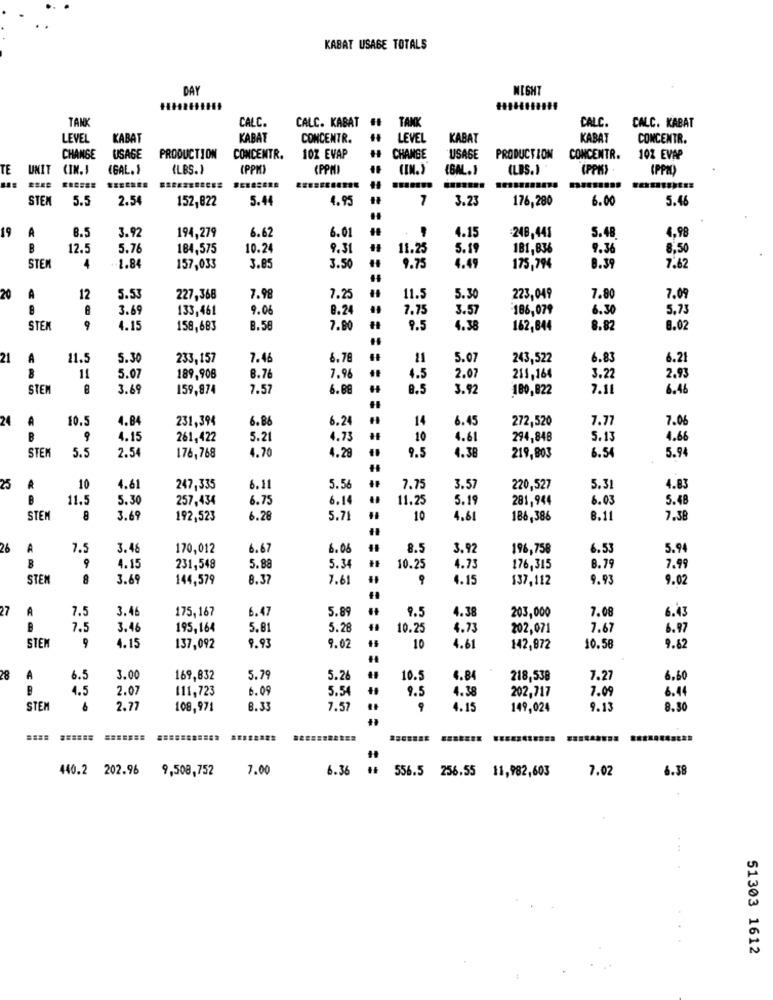
KABAT USAGE TOTALS
DAY
NIGHT
TANK
CALC.
CALC. KABAT ##
TANK
CALC.
CALC. KABAT
LEVEL
KABAT
KABAT
CONCENTR.
LEVEL
KABAT
KABAT
CONCENTR.
CHANGE
USAGE
PRODUCTION
CONCENTR.
10Z EVAP
CHANGE
USAGE
PRODUCTION
CONCENTR.
102 EVAP
TE
UNIT CIN.J
(GAL.)
(LBS.)
(PPM)
(PPM)
(BAL.
(LBS.)
(PPM)
(PPM)
EEEERES
.......
STE
5.5
2.54
5.44
4.95
7
3.23
176,280
6.00
5.46
152,822
19
A
8.5
3.92
194,279
6.62
6.01
4.15
248,441
4.98
5.48
R
12.5
5.76
184,575
10.24
9.31
11.25
5.19
181,836
9.36
8,50
3.85
3.50
STEP
4
1.84
157,033
9.75
4.49
175,794
8.39
7.6
20
A
12
5.53
227,368
7.98
7.25
11 ..
5.3
223,049
7.80
7.0
8
3.69
133,461
9.06
8.24
7.75
3.57
186,079
6.30
5.73
STE
9
4.15
158,683
3.58
7.90
9.5
1.38
162,844
8.82
8.02
21
A
11.5
5.30
233,157
7.46
6.78
11
5.07
243,522
6.83
6.2
7.96
8
1
5.07
189,908
8.76
4.5
2.07
211,164
3.22
2.93
STEM
3.69
159,874
7.57
6.88
8.5
3.92
180,822
7.1
6.46
24
A
4.84
231,394
6.86
6.24
14
6.45
272,520
7.77
7.0
10.5
B
9
4.15
261,422
5.21
1.73
10
4.61
294,848
5.1
4.66
STEK
2.54
4.70
4.28
9.5
5.94
5.5
176,768
4.38
219,803
6.54
25
R
10
4.61
247,335
6.11
5.56
7.75
3.57
220,527
5.31
4.83
11.5
5.30
257,434
6.79
6.14
11.25
5.19
281,944
6.03
5.48
STEM
8
3.6
192,523
6.28
5.71
10
4.61
186,386
8.11
7.38
26
A
7.5
3.41
170,012
6.67
6.06
8.5
3.92
196,758
6.53
5.9
9
B
4.1
231,548
5.88
5.34
10.25
4.73
176,315
8.79
7.9
STEN
8
3.69
144,579
8.37
7.61
9
4.15
137,112
9.93
9.02
27
A
3.4
5.89
9.5
4.38
7.08
7.5
175,167
6.47
203,000
6.43
7.5
3.4
195,164
5.81
5.28
10.25
4.73
202,07
7.67
6.97
STEM
9
4.15
137,092
9.93
9.02
10
4.61
142,872
10.58
9.67
28
A
6.5
3.00
169,832
5.79
5.26
0.5
4.84
218,538
7.27
6.60
4.5
2.0
111,723
6.09
5.54
4.38
202,717
7.09
6.44
9.5
STEM
6
2.77
108,971
8.33
7.57
9
4.15
149,024
9.13
8.50
440.2 202.96
9,508,752
7.00
6.36
556.5 256.55 11,982,603
7.02
6.38
51303 1612